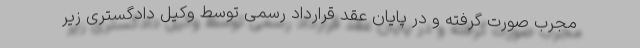
مجرب صورت گرفته و در پایان عقد قرارداد رسمی توسط وکیل دادگستری زیر